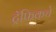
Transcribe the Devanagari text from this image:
ट्रॅफिकचे